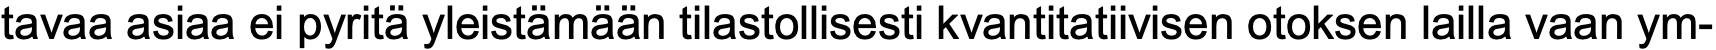
tavaa asiaa ei pyritä yleistämään tilastollisesti kvantitatiivisen otoksen lailla vaan ym-